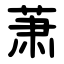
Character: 萧